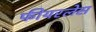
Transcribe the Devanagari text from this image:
फीयरलेस